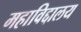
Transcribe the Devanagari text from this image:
महाविद्दालय